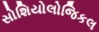
સોશિયોલોજિકલ